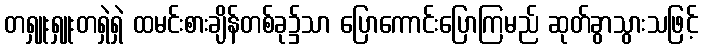
တရှူးရှူးတရှဲရှဲ ထမင်းစားချိန်တစ်ခု၌သာ ပြောကောင်းပြောကြမည် ဆုတ်ခွာသွားသဖြင့်